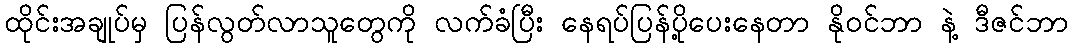
ထိုင်းအချုပ်မှ ပြန်လွတ်လာသူတွေကို လက်ခံပြီး နေရပ်ပြန်ပို့ပေးနေတာ နိုဝင်ဘာ နဲ့ ဒီဇင်ဘာ